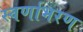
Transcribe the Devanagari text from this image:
स्वर्णाभरण